38_143685_box_Incident_Summaries_101-172
Agency: Department of War
Page 155
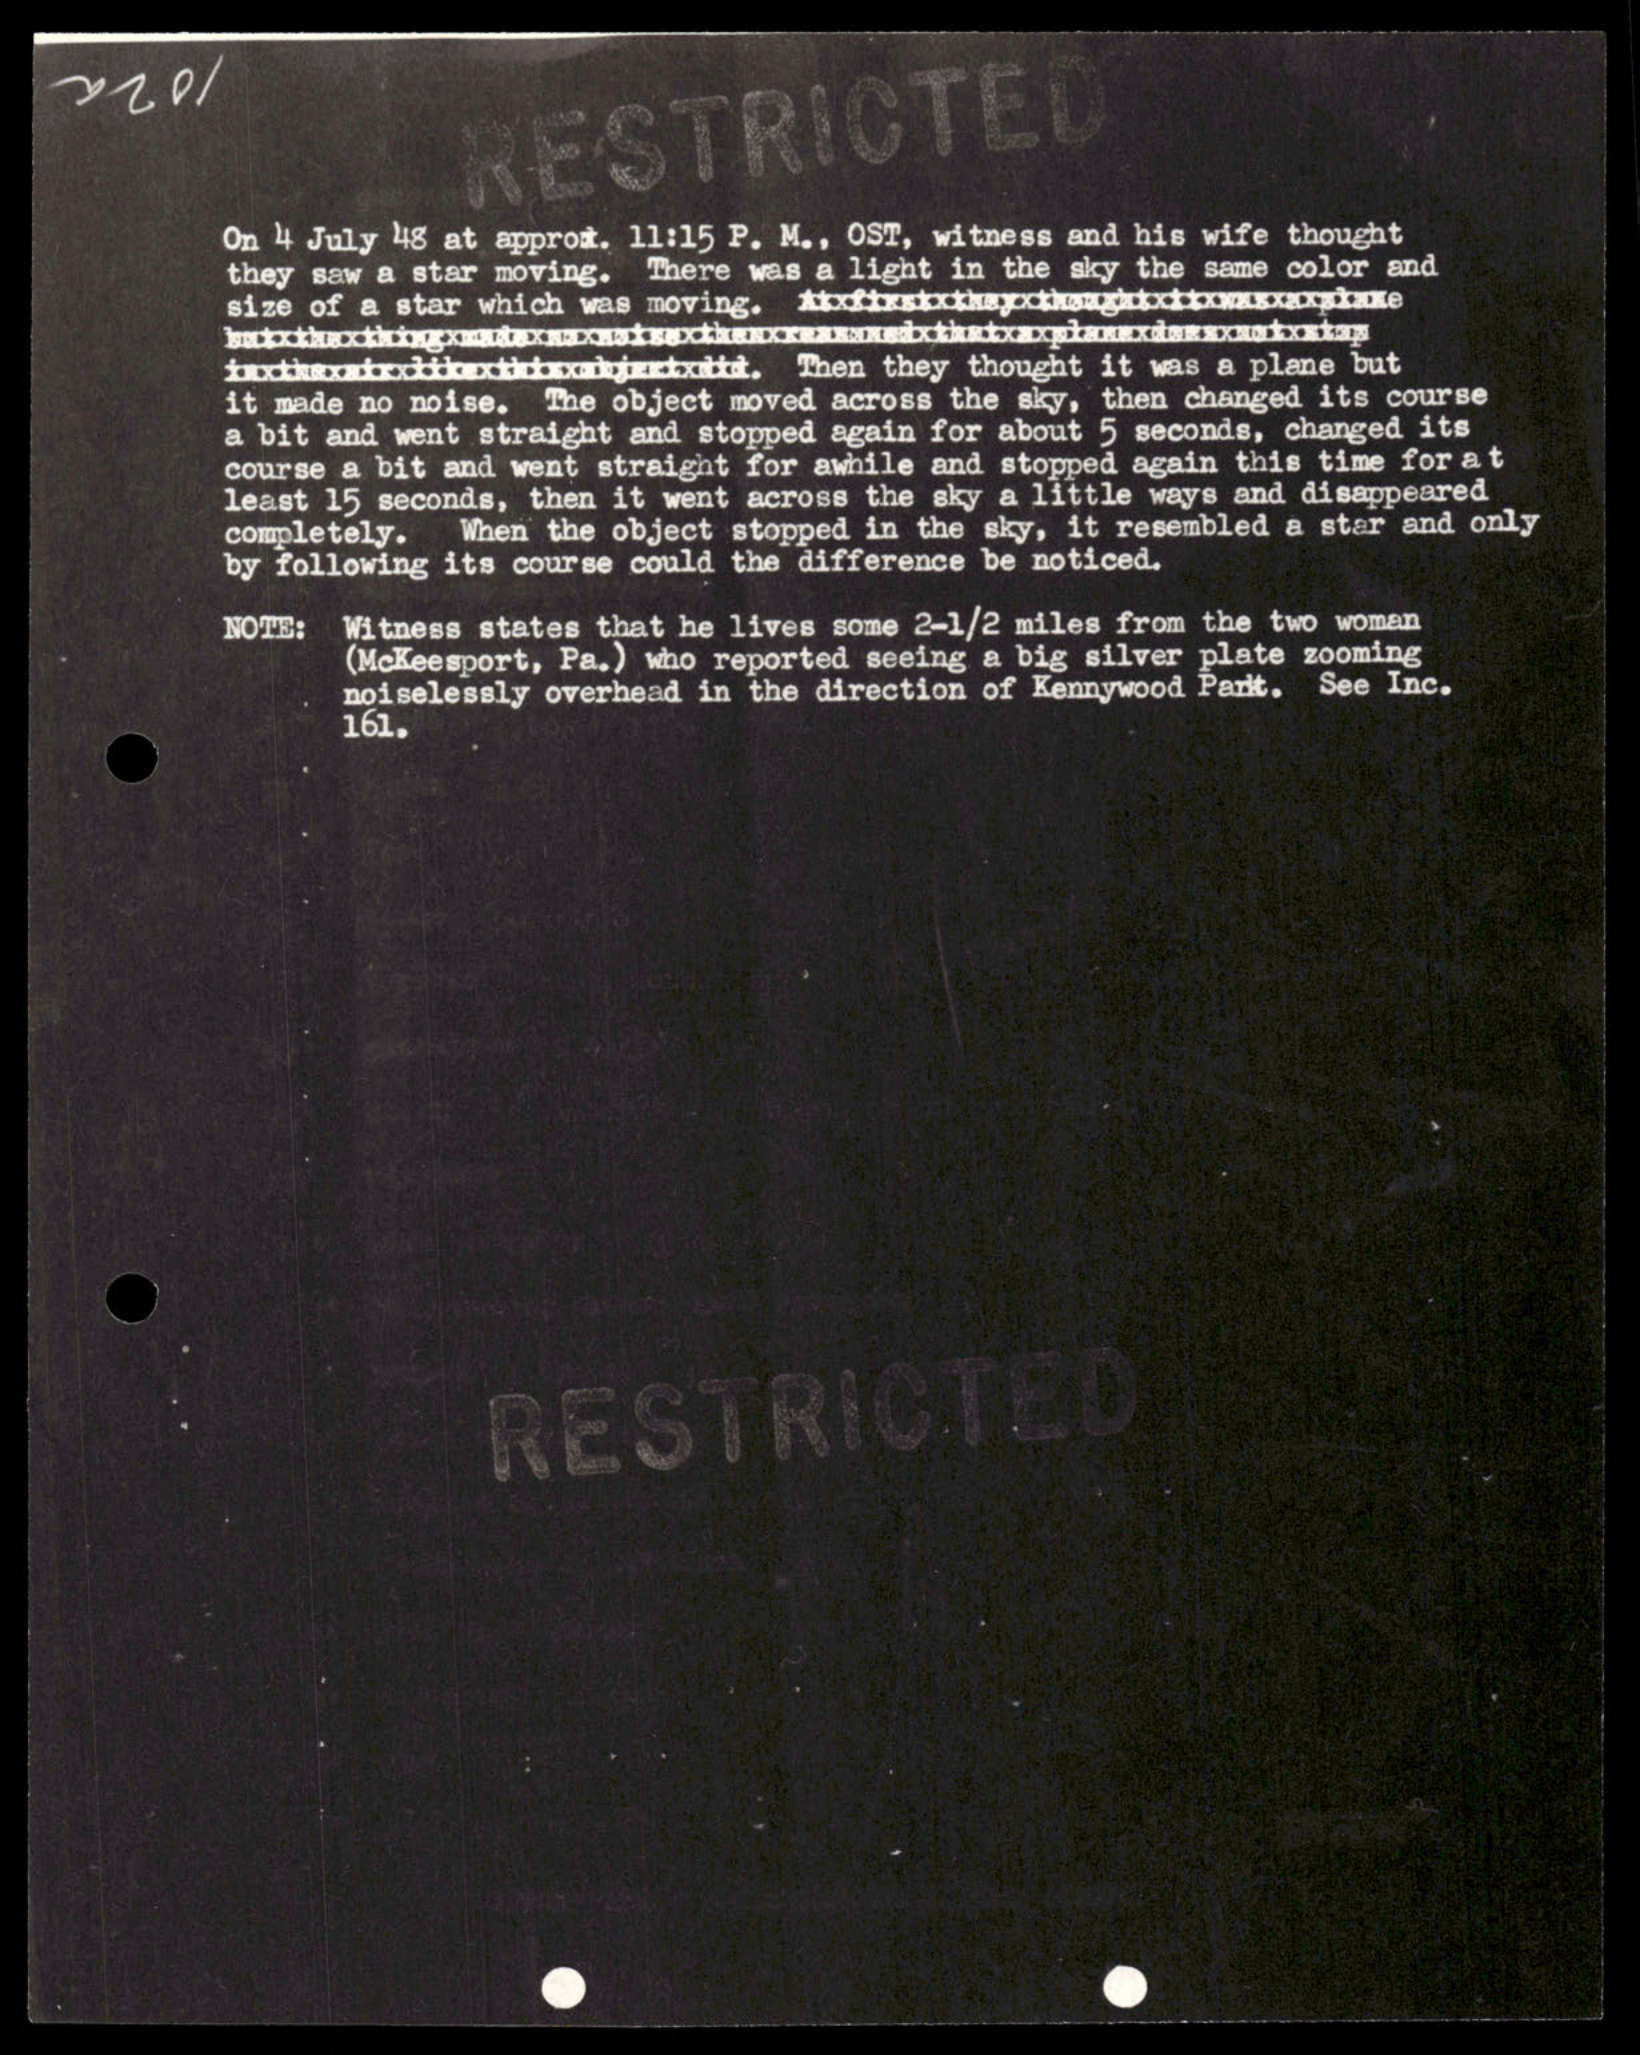